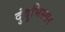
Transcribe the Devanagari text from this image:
दुंदुभिस्सर